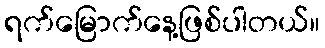
ရက်မြောက်နေ့ဖြစ်ပါတယ်။